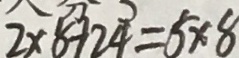
2 \times 8 + 2 4 = 5 \times 8